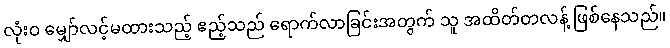
လုံးဝ မျှော်လင့်မထားသည့် ဧည့်သည် ရောက်လာခြင်းအတွက် သူ အထိတ်တလန့် ဖြစ်နေသည်။